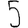
Digit: 5